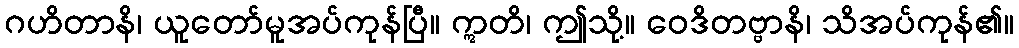
ဂဟိတာနိ၊ ယူတော်မူအပ်ကုန်ပြီ။ ဣတိ၊ ဤသို့။ ဝေဒိတဗ္ဗာနိ၊ သိအပ်ကုန်၏။